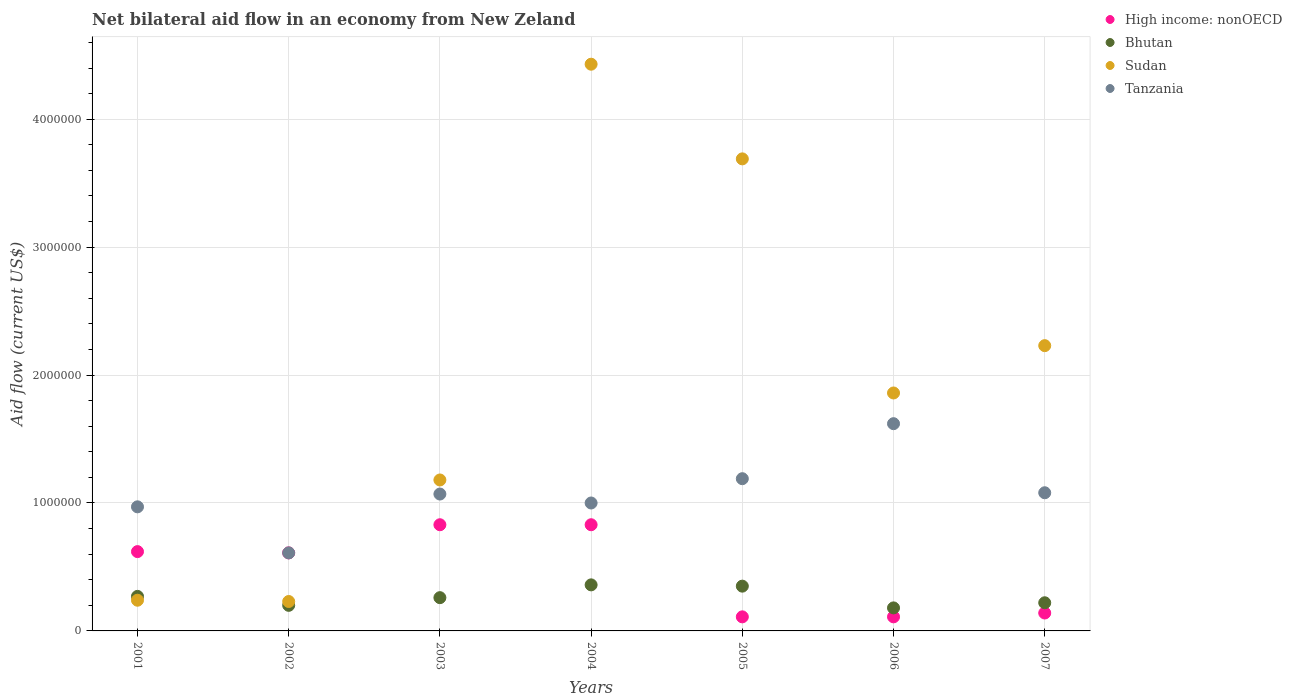
| Years | High income: nonOECD | Bhutan | Sudan | Tanzania |
 | --- | --- | --- | --- | --- |
 | 2001 | 6.2e+05 | 2.7e+05 | 2.4e+05 | 9.7e+05 |
 | 2002 | 6.1e+05 | 2e+05 | 2.3e+05 | 6.1e+05 |
 | 2003 | 8.3e+05 | 2.6e+05 | 1.18e+06 | 1.07e+06 |
 | 2004 | 8.3e+05 | 3.6e+05 | 4.43e+06 | 1e+06 |
 | 2005 | 1.1e+05 | 3.5e+05 | 3.69e+06 | 1.19e+06 |
 | 2006 | 1.1e+05 | 1.8e+05 | 1.86e+06 | 1.62e+06 |
 | 2007 | 1.4e+05 | 2.2e+05 | 2.23e+06 | 1.08e+06 |